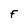
Character: F